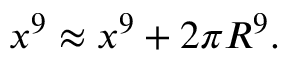
x ^ { 9 } \approx x ^ { 9 } + 2 \pi R ^ { 9 } .